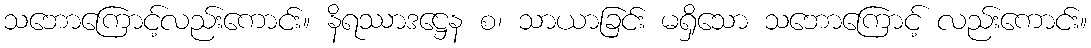
သဘောကြောင့်လည်းကောင်း။ နိရဿာဒဋ္ဌေန စ၊ သာယာခြင်း မရှိသော သဘောကြောင့် လည်းကောင်း။